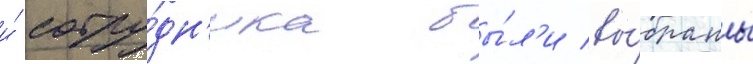
и́ сотру́дн'ика бы́л'и вы́браны